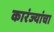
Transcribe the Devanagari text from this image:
कारंज्यांचा